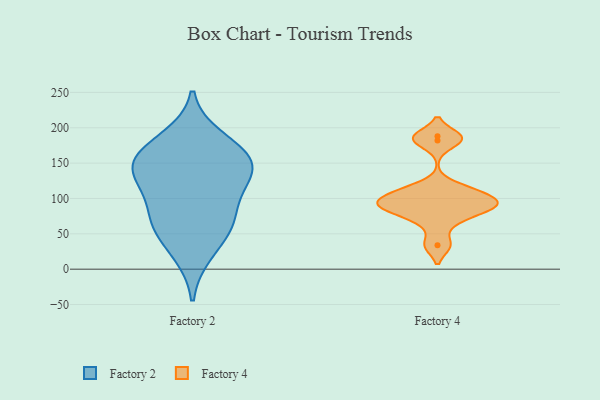
{"axis": {"x": "Market Share (%)", "y": "Value"}, "legend": ["Factory 2", "Factory 4"], "data": [{"x": "", "y": 161, "type": "Factory 2"}, {"x": "", "y": 23, "type": "Factory 2"}, {"x": "", "y": 68, "type": "Factory 2"}, {"x": "", "y": 61, "type": "Factory 2"}, {"x": "", "y": 143, "type": "Factory 2"}, {"x": "", "y": 149, "type": "Factory 2"}, {"x": "", "y": 122, "type": "Factory 2"}, {"x": "", "y": 117, "type": "Factory 2"}, {"x": "", "y": 71, "type": "Factory 2"}, {"x": "", "y": 184, "type": "Factory 2"}, {"x": "", "y": 158, "type": "Factory 2"}, {"x": "", "y": 85, "type": "Factory 4"}, {"x": "", "y": 110, "type": "Factory 4"}, {"x": "", "y": 89, "type": "Factory 4"}, {"x": "", "y": 68, "type": "Factory 4"}, {"x": "", "y": 112, "type": "Factory 4"}, {"x": "", "y": 182, "type": "Factory 4"}, {"x": "", "y": 95, "type": "Factory 4"}, {"x": "", "y": 93, "type": "Factory 4"}, {"x": "", "y": 34, "type": "Factory 4"}, {"x": "", "y": 188, "type": "Factory 4"}]}